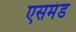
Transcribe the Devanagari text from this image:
एसमंड